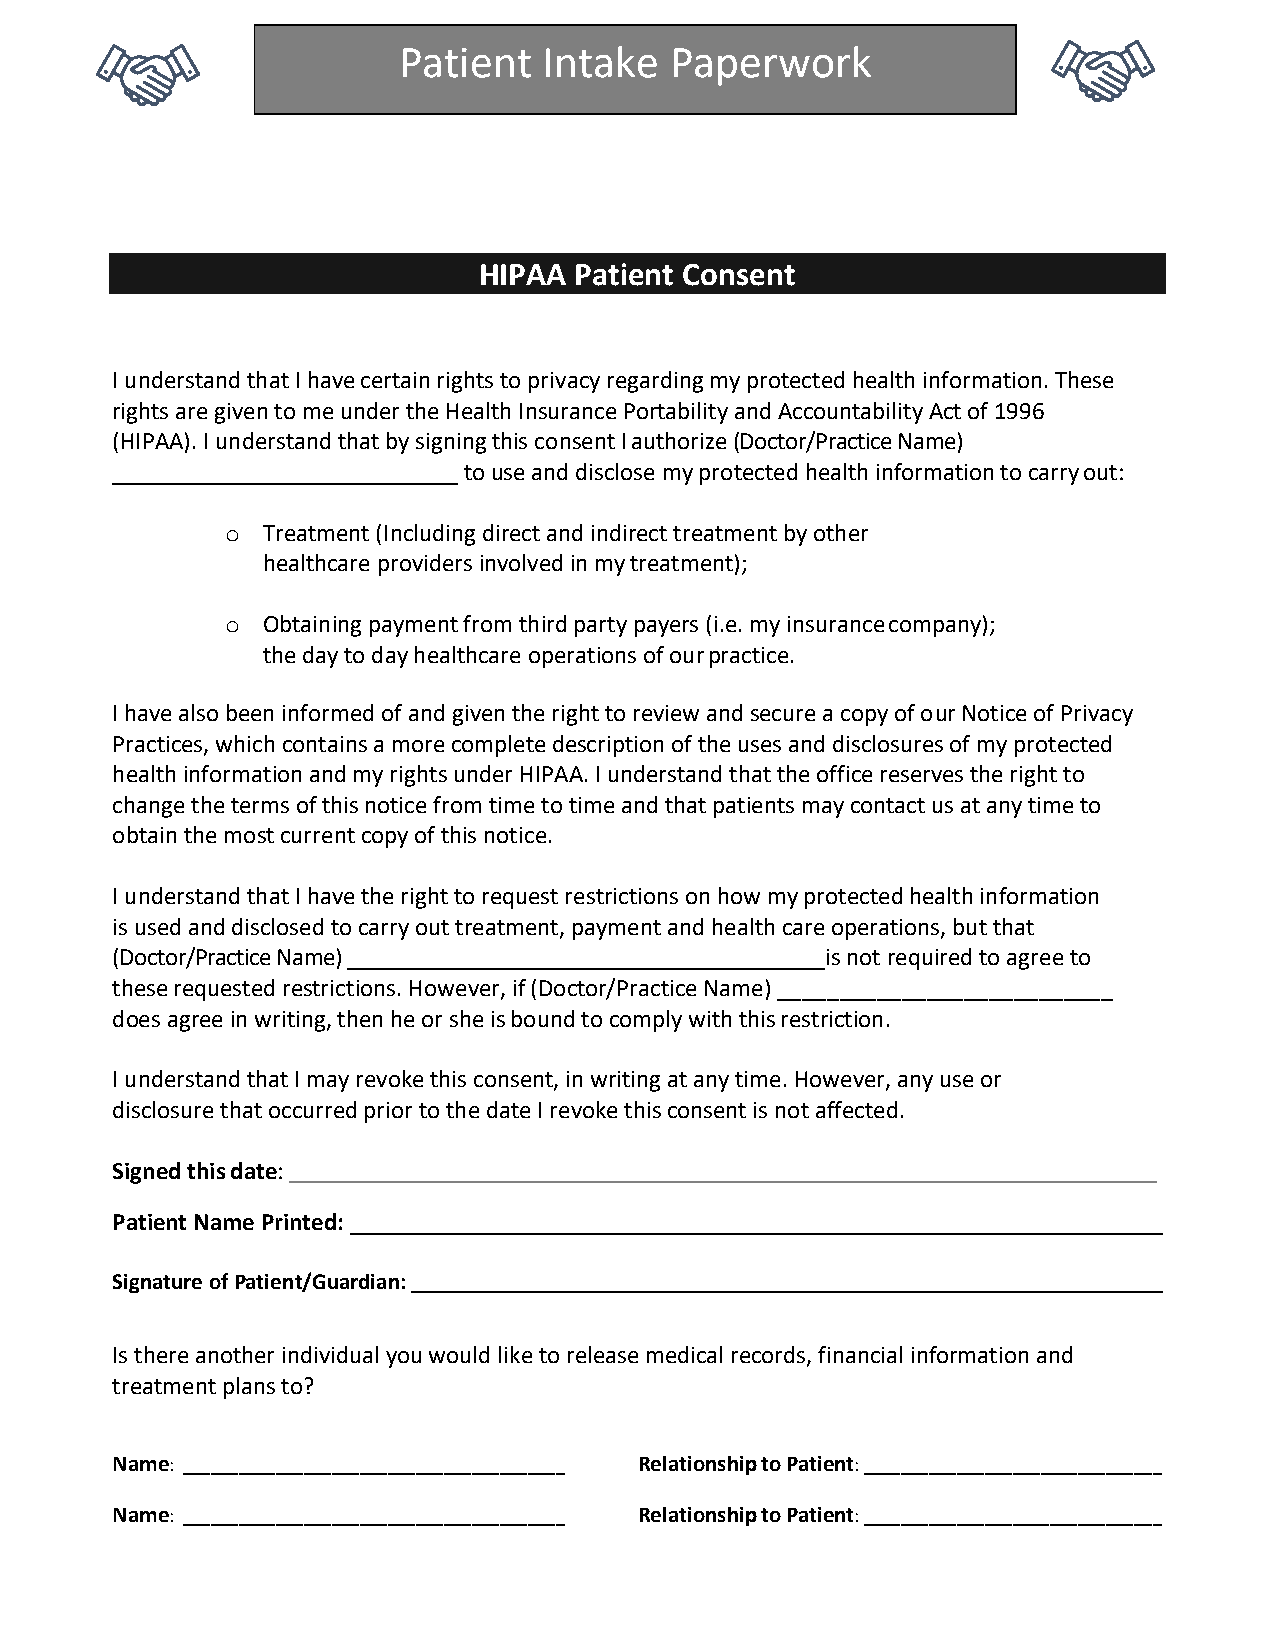
Patient   Intake  Paperwork
 HIPAA Patient Consent
 I understand that I have certain rights to privacy regarding my protected health information. These
 rights are given to me under the Health Insurance Portability and Accountability Act of 1996
 (HIPAA). I understand that by signing this consent I authorize (Doctor/Practice Name)
 _____________________________ to use and disclose my protected health information to carry out:
 o Treatment (Including direct and indirect treatment by other
 healthcare providers involved in my treatment);
 o Obtaining payment from third party payers (i.e. my insurance company);
 the day to day healthcare operations of our practice.
 I have also been informed of and given the right to review and secure a copy of our Notice of Privacy
 Practices, which contains a more complete description of the uses and disclosures of my protected
 health information and my rights under HIPAA. I understand that the office reserves the right to
 change the terms of this notice from time to time and that patients may contact us at any time to
 obtain the most current copy of this notice.
 I understand that I have the right to request restrictions on how my protected health information
 is used and disclosed to carry out treatment, payment and health care operations, but that
 (Doctor/Practice Name) ________________________________________is not required to agree to
 these requested restrictions. However, if (Doctor/Practice Name) ___________________________
 does agree in writing, then he or she is bound to comply with this restriction.
 I understand that I may revoke this consent, in writing at any time. However, any use or
 disclosure that occurred prior to the date I revoke this consent is not affected.
 Signed this date: ____________________________________________________________________________
 Patient Name Printed:
 Signature of Patient/Guardian:
 Is there another individual you would like to release medical records, financial information and
 treatment plans to?
 Name: _________________________________________ Relationship to Patient: ________________________________
 Name: _________________________________________ Relationship to Patient: ________________________________